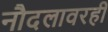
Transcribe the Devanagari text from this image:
नौदलावरही